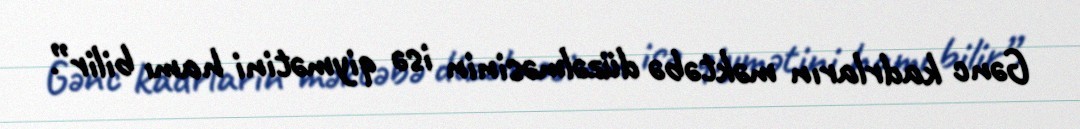
Gənc kadrların məktəbə düzəlməsinin isə qiymətini hamı bilir”.